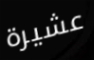
عشيرة